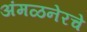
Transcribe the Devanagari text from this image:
अंमळनेरचे